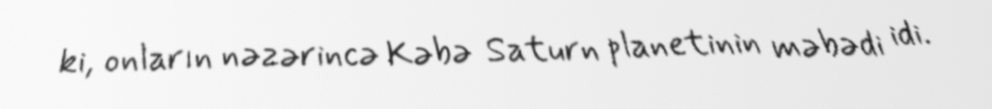
ki, onların nəzərincə Kəbə Saturn planetinin məbədi idi.